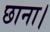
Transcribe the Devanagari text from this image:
छाना।